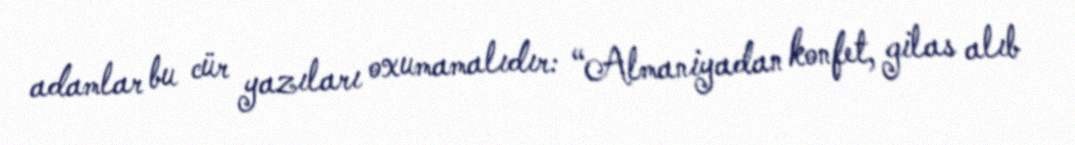
adamlar bu cür yazıları oxumamalıdır: “Almaniyadan konfet, gilas alıb